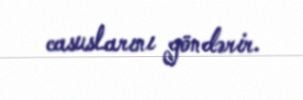
casuslarını göndərir.